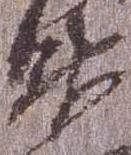
衛